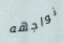
نواجهه